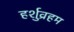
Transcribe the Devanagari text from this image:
हर्शुव्रहम